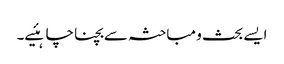
ایسے بحث و مباحثہ سے بچنا چاہئیے۔